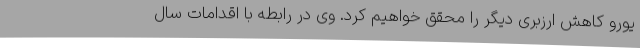
یورو کاهش ارزبری دیگر را محقق خواهیم کرد. وی در رابطه با اقدامات سال